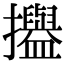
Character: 𢹳